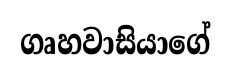
ගෘහවාසියාගේ